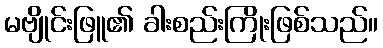
မဗျိုင်းဖြူ၏ ခါးစည်းကြိုးဖြစ်သည်။